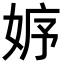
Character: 𡜾